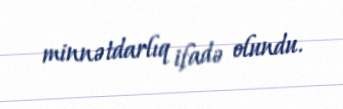
minnətdarlıq ifadə olundu.